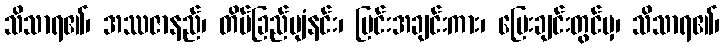
သိသာရ၏၊ အဿဇာနည်၊ တိမ်ခြည်ပျံနင်း၊ မြင်းအချင်းကား၊ ပြေးချင်းတွင်မှ၊ သိသာရ၏၊